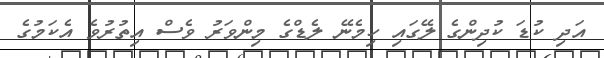
އަދި ކުޑަ ކުދިންގެ ލޭގައި ހިމެނޭ ލެޑްގެ މިންވަރު ވެސް އިތުރުވެ އެކަމުގެ